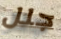
جلل